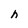
Character: h